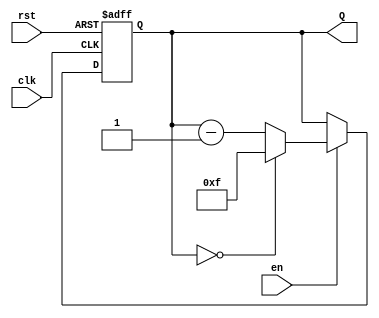
module binary_down_counter #(
    parameter N = 4 // Parameter to define the bit width of the counter
)(
    input wire clk,      // Clock signal
    input wire rst,      // Asynchronous reset signal
    input wire en,       // Enable signal
    output reg [N-1:0] Q // Current count value
);

    // Maximum count value
    localparam MAX_COUNT = (1 << N) - 1; // 2^N - 1

    // Always block for counter operation
    always @(posedge clk or posedge rst) begin
        if (rst) begin
            // Reset the counter to maximum value
            Q <= MAX_COUNT;
        end else if (en) begin
            // Decrement the counter
            if (Q == 0) begin
                Q <= MAX_COUNT; // Wrap around to maximum count
            end else begin
                Q <= Q - 1; // Decrement the counter
            end
        end
        // If enable is low, retain the current value of Q
    end

endmodule